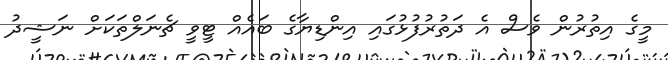
މީގެ އިތުރުން ވެސް އެ ދަތުރުފުޅުގައި އިންޑިޔާގެ ބައެއް ޓީވީ ޗެނަލްތަކަށް ނަޝީދު